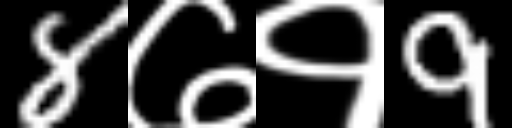
Text: 8७१9